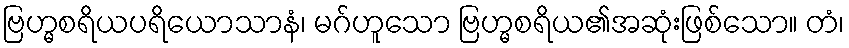
ဗြဟ္မစရိယပရိယောသာနံ၊ မဂ်ဟူသော ဗြဟ္မစရိယ၏အဆုံးဖြစ်သော။ တံ၊